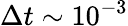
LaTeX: \Delta t\sim 10^{-3}